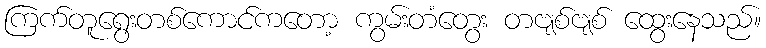
ကြက်တူရွေးတစ်ကောင်ကတော့ ကွမ်းတံတွေး တဗျစ်ဗျစ် ထွေးနေသည်။